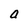
Character: a